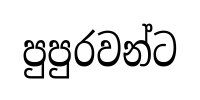
පුපුරවන්ට